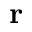
\mathbf { r }